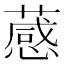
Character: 𦽫